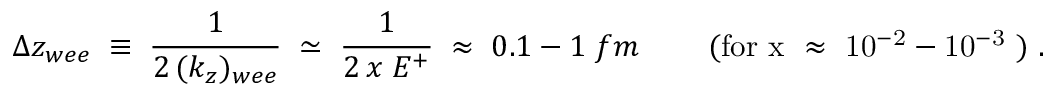
\Delta z _ { w e e } \; \equiv \; \frac { 1 } { 2 \, ( k _ { z } ) _ { w e e } } \; \simeq \; \frac { 1 } { 2 \, x \; E ^ { + } } \; \approx \; 0 . 1 - 1 \; f m \; \; \; \; \; \; \; \; ( \mathrm { f o r ~ x ~ \approx ~ 1 0 ^ { - 2 } - 1 0 ^ { - 3 } ~ } ) \; .